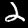
Label: 2